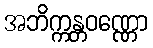
အဘိက္ကန္တဝဏ္ဏော